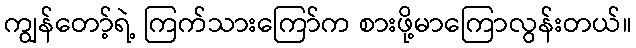
ကျွန်တော့်ရဲ့ ကြက်သားကြော်က စားဖို့မာကြောလွန်းတယ်။